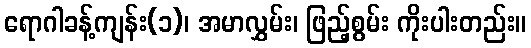
ရောဂါခန့်ကျန်း(၁)၊ အမာလွှမ်း၊ ဖြည့်စွမ်း ကိုးပါးတည်း။